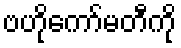
ဗဟိုကော်မတီကို